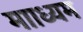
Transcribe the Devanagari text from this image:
मााध्यम